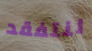
لنتفقد